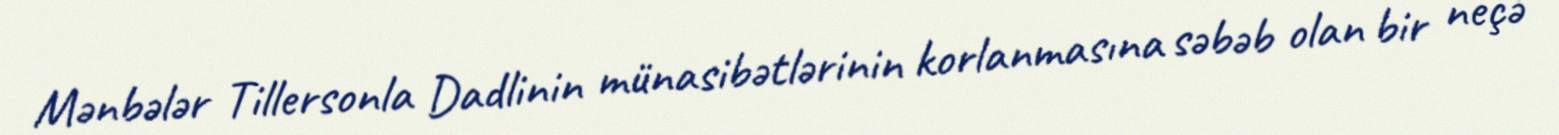
Mənbələr Tillersonla Dadlinin münasibətlərinin korlanmasına səbəb olan bir neçə